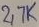
Text: 27K